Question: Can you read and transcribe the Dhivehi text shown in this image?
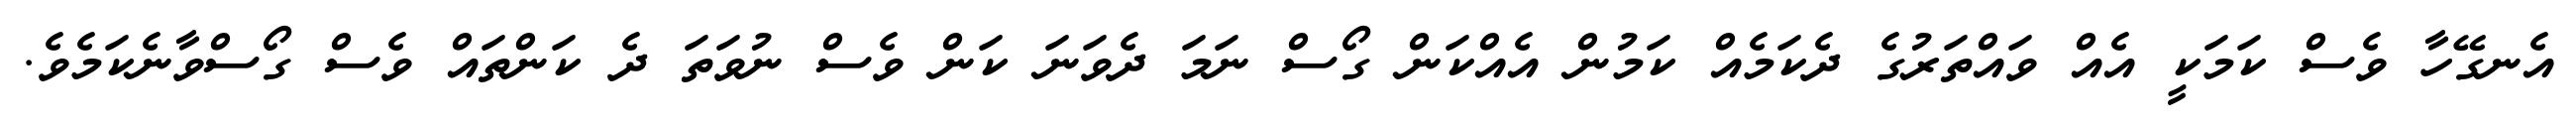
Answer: އެނގޭހާ ވެސް ކަމަކީ އެއް ވައްތަރުގެ ދެކަމެއް ކަމުން އެއްކަން ގޯސް ނަމަ ދެވަނަ ކަން ވެސް ނުވަތަ ދެ ކަންތައް ވެސް ގޯސްވާނެކަމެވެ.